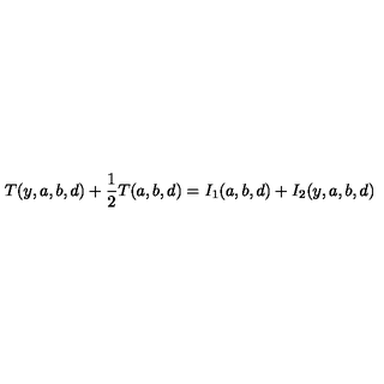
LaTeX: T ( y , a , b , d ) + \frac { 1 } { 2 } T ( a , b , d ) = I _ { 1 } ( a , b , d ) + I _ { 2 } ( y , a , b , d )